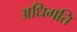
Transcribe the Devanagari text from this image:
अधिगति